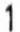
1